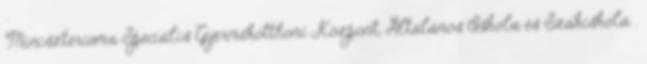
Minisztériuma Speciális Gyermekotthoni Központ, Általános Iskola és Szakiskola .